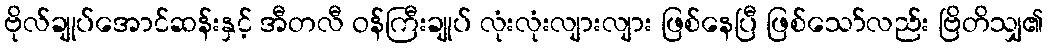
ဗိုလ်ချုပ်အောင်ဆန်းနှင့် အီတလီ ဝန်ကြီးချုပ် လုံးလုံးလျားလျား ဖြစ်နေပြီ ဖြစ်သော်လည်း ဗြိတိသျှ၏